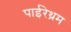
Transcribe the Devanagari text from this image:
पाईरेथ्रम